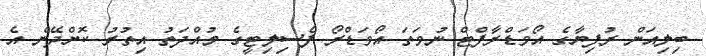
ބިލިއަން ރުފިޔާގެ އޯވަޑްރާފްޓް ނުވަަތަ އޯވަޑްރޯ ފެސިލިޓީގެ މުއްދަތު އިތުރު ކޮށްދޭން އެ